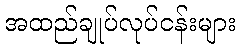
အထည်ချုပ်လုပ်ငန်းများ